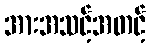
အားအသင့်အတင့်